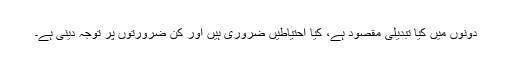
دونوں میں کیا تبدیلی مقصود ہے، کیا احتیاطیں ضروری ہیں اور کن ضرورتوں پر توجہ دینی ہے۔